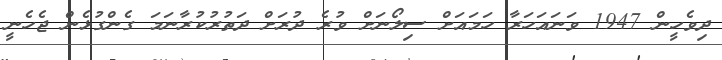
ދިވެހީން 1947 ވަނައަހަރާ ހަމައަށް ސިލޯނަށް ވުރެ ދުރަށް ދަތުރުކުރާނަމަ ގެންގުޅެން ޖެހެނީ